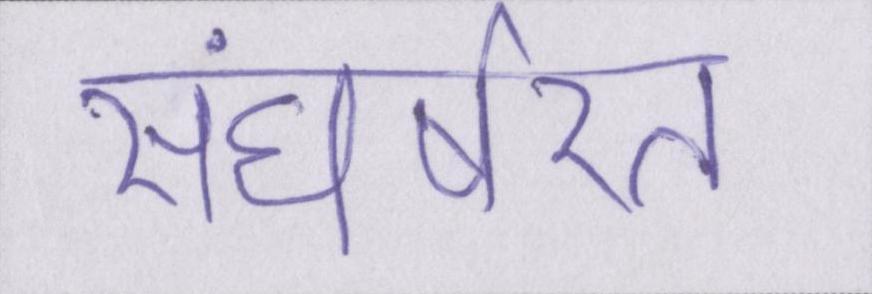
संघर्षरत